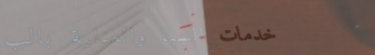
خدمات السبا والعناية بالب